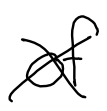
Text: of
Cross-out: cross
Writing tool: digital_black